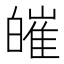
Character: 皠